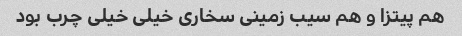
هم پیتزا و هم سیب زمینی سخاری خیلی خیلی چرب بود